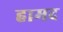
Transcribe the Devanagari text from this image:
हामद